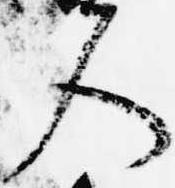
入